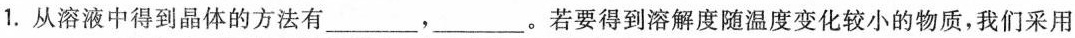
1.从溶液中得到晶体的方法有___，___。若要得到溶解度随温度变化较小的物质，我们采用